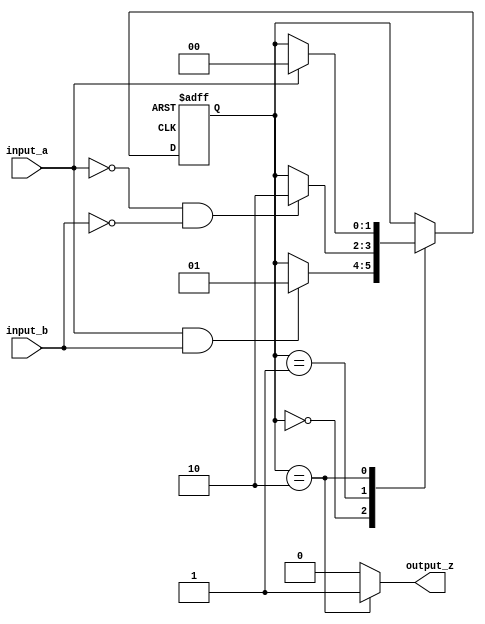
module mealy_state_machine (
    input input_a,
    input input_b,
    output reg output_z
);

// Define states
parameter S0 = 2'b00;
parameter S1 = 2'b01;
parameter S2 = 2'b10;

reg [1:0] state, next_state;

// State transition and output logic
always @ (posedge clk or posedge rst) begin
    if (rst) begin
        state <= S0;
    end else begin
        state <= next_state;
    end
end

always @ (*) begin
    next_state = state;
    output_z = 1'b0;

    case (state)
        S0: begin
            if (input_a && input_b)
                next_state = S1;
        end

        S1: begin
            if (!input_a && !input_b)
                next_state = S2;
        end

        S2: begin
            if (input_a)
                next_state = S0;
            output_z = 1'b1;
        end
    endcase
end

endmodule